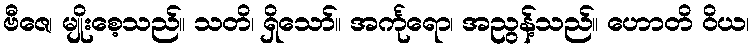
ဗီဇေ၊ မျိုးစေ့သည်။ သတိ၊ ရှိသော်။ အင်္ကုရော၊ အညွန့်သည်။ ဟောတိ ဝိယ၊